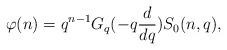
LaTeX: \begin{align*}\varphi (n) = q^{n-1} G_{q}(-q \frac {d}{dq}) S_{0}(n,q),\end{align*}